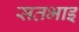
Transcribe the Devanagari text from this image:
सतभाइ